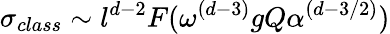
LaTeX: \sigma_{class}\sim l^{d-2}F(\omega^{(d-3)}gQ\alpha^{(d-3/2)})